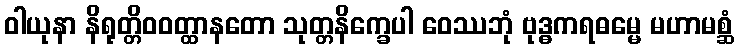
ဝါယုနာ နိရုတ္တိဝဝတ္ထာနတော သုတ္တနိက္ခေပါ ဝေဿဘုံ ဗုဒ္ဓကရဓမ္မေ မဟာမစ္ဆံ